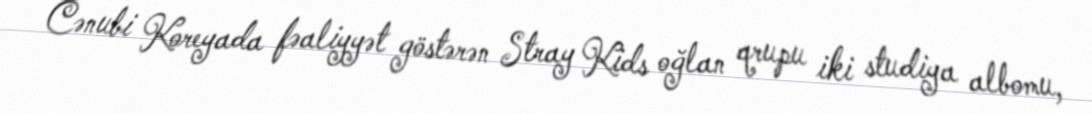
Cənubi Koreyada fəaliyyət göstərən Stray Kids oğlan qrupu iki studiya albomu,